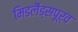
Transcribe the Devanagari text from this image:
मिडलैंड्सपूर्व